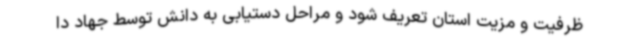
ظرفیت و مزیت استان تعریف شود و مراحل دستیابی به دانش توسط جهاد دا